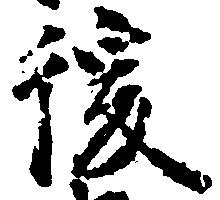
後